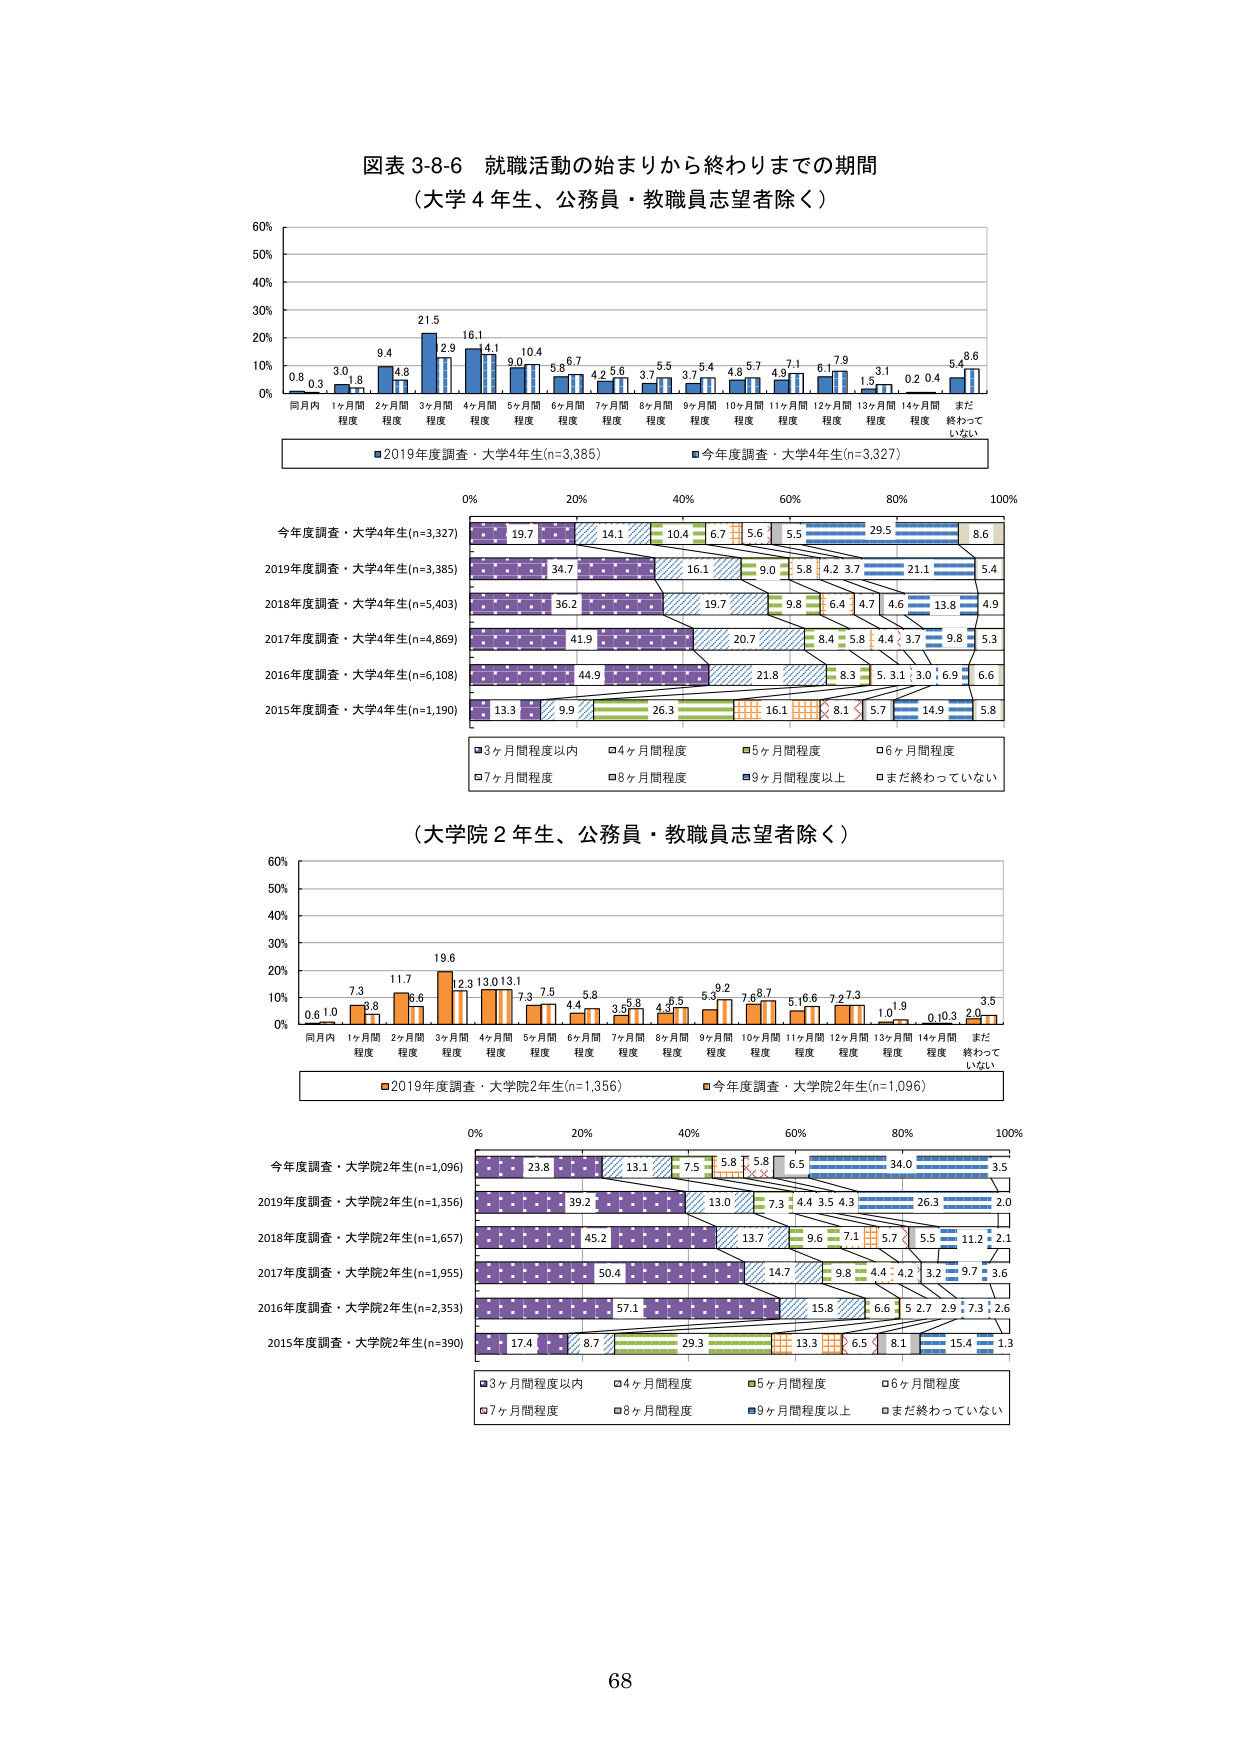
図表 3-8-6 就職活動の始まりから終わりまでの期間
（大学 4 年生、公務員・教職員志望者除く）

0%
10%
20%
30%
40%
50%
60%

同月内 1ヶ月間程度 2ヶ月間程度 3ヶ月間程度 4ヶ月間程度 5ヶ月間程度 6ヶ月間程度 7ヶ月間程度 8ヶ月間程度 9ヶ月間程度 10ヶ月間程度 11ヶ月間程度 12ヶ月間程度 13ヶ月間程度 14ヶ月間程度 まだ終わっていない

0.8 0.3 3.0 1.8 9.4 4.8 21.5 16.1 14.1 9.0 10.4 5.8 6.7 4.2 5.6 3.7 5.5 3.7 6.4 4.8 5.7 4.9 7.1 6.1 7.9 1.5 3.1 0.2 0.4 5.4 8.6

■2019年度調査・大学4年生(n=3,385)
■今年度調査・大学4年生(n=3,327)

0% 20% 40% 60% 80% 100%

今年度調査・大学4年生(n=3,327)
19.7 14.1 10.4 6.7 5.6 5.5 29.5 8.6

2019年度調査・大学4年生(n=3,385)
34.7 16.1 9.0 5.8 4.2 3.7 21.1 5.4

2018年度調査・大学4年生(n=5,403)
36.2 19.7 9.8 6.4 4.7 4.6 13.8 4.9

2017年度調査・大学4年生(n=4,869)
41.9 20.7 8.4 5.8 4.4 3.7 9.8 5.3

2016年度調査・大学4年生(n=6,108)
44.9 21.8 8.3 5.3 3.0 6.9 6.6

2015年度調査・大学4年生(n=1,190)
13.3 9.9 26.3 16.1 8.1 5.7 14.9 5.8

■3ヶ月間程度以内 ■4ヶ月間程度 ■5ヶ月間程度 ■6ヶ月間程度
■7ヶ月間程度 ■8ヶ月間程度 ■9ヶ月間程度以上 ■まだ終わっていない

（大学院 2 年生、公務員・教職員志望者除く）

0%
10%
20%
30%
40%
50%
60%

同月内 1ヶ月間程度 2ヶ月間程度 3ヶ月間程度 4ヶ月間程度 5ヶ月間程度 6ヶ月間程度 7ヶ月間程度 8ヶ月間程度 9ヶ月間程度 10ヶ月間程度 11ヶ月間程度 12ヶ月間程度 13ヶ月間程度 14ヶ月間程度 まだ終わっていない

0.6 1.0 7.3 3.8 11.7 8.6 19.6 12.3 13.0 13.1 7.3 7.5 5.8 4.4 3.5 3.8 4.5 4.5 5.8 3.9 7.6 8.7 5.1 6.6 7.2 7.3 1.0 1.9 0.1 0.3 2.0 3.5

■2019年度調査・大学院2年生(n=1,356)
■今年度調査・大学院2年生(n=1,096)

0% 20% 40% 60% 80% 100%

今年度調査・大学院2年生(n=1,096)
23.8 13.1 7.5 5.8 5.8 6.5 34.0 3.5

2019年度調査・大学院2年生(n=1,356)
39.2 13.0 7.3 4.4 3.5 4.3 26.3 2.0

2018年度調査・大学院2年生(n=1,657)
45.2 13.7 9.6 7.1 5.7 5.5 11.2 2.1

2017年度調査・大学院2年生(n=1,955)
50.4 14.7 9.8 4.4 4.2 3.2 9.7 3.6

2016年度調査・大学院2年生(n=2,353)
57.1 15.8 6.6 5.2 7.2 9.7 3.2 2.6

2015年度調査・大学院2年生(n=390)
17.4 8.7 29.3 13.3 6.5 8.1 15.4 1.3

■3ヶ月間程度以内 ■4ヶ月間程度 ■5ヶ月間程度 ■6ヶ月間程度
■7ヶ月間程度 ■8ヶ月間程度 ■9ヶ月間程度以上 ■まだ終わっていない

68